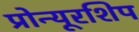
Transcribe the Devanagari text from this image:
प्रोन्‍यूरशिप